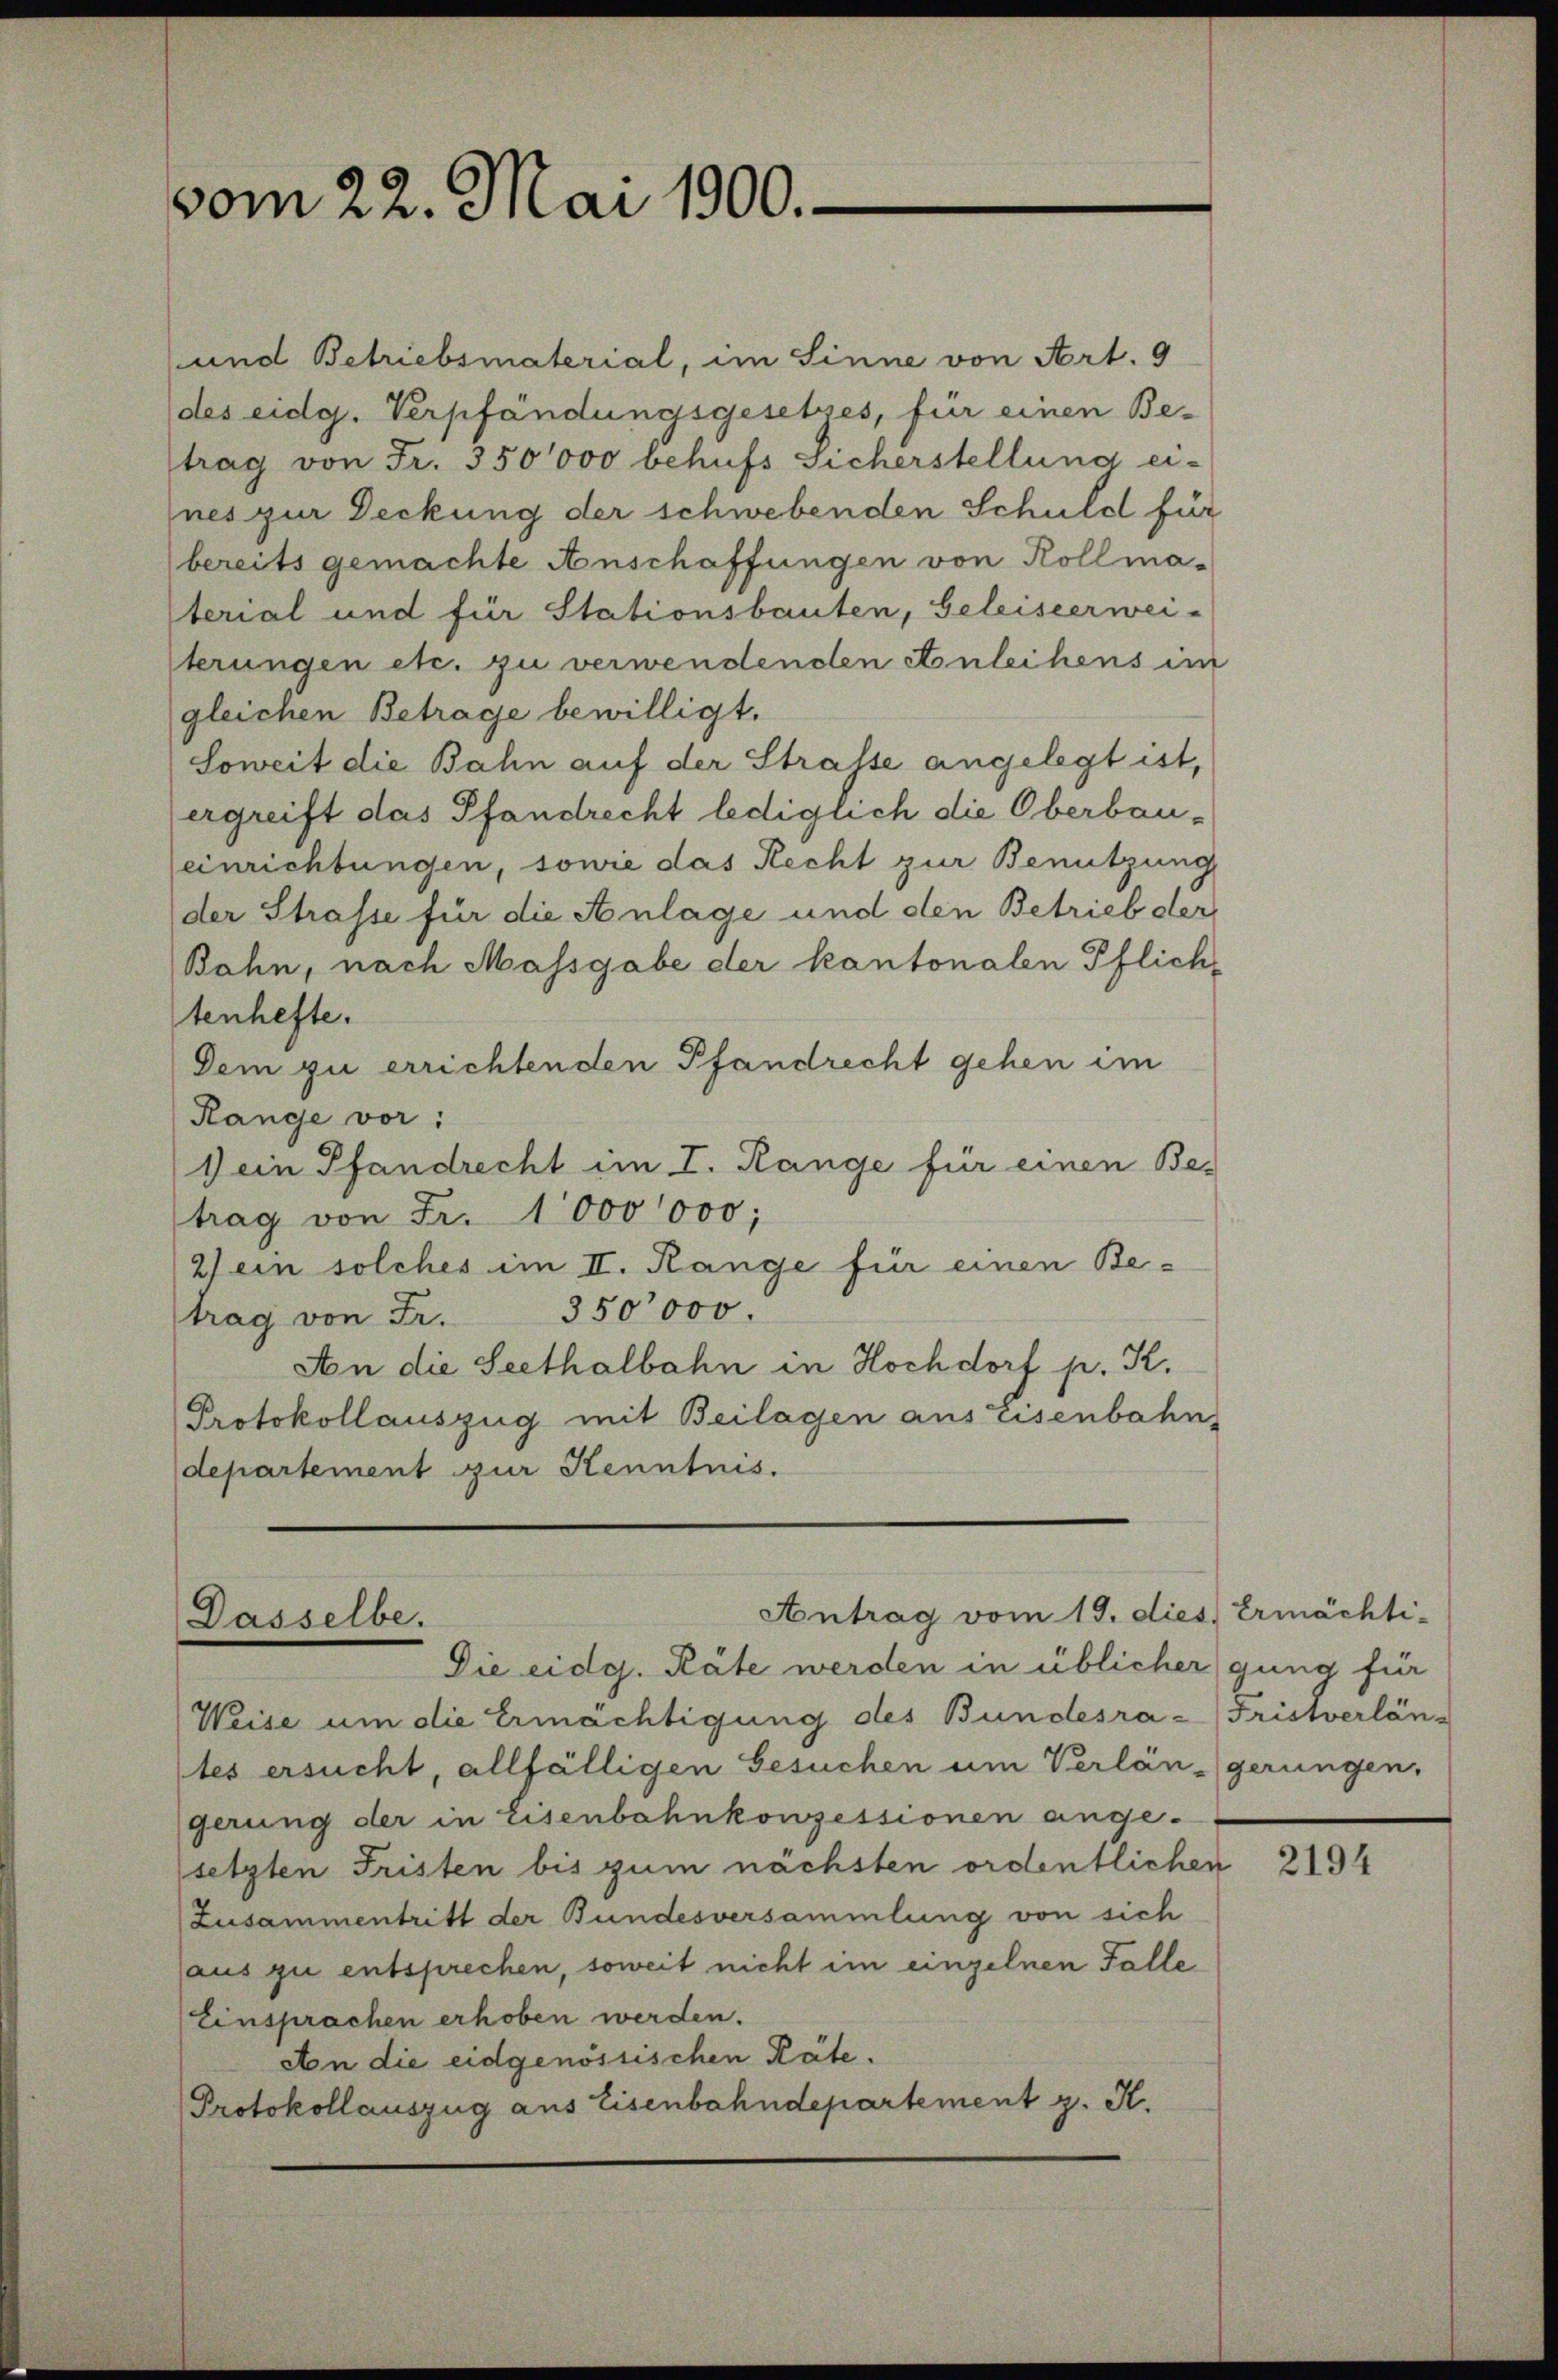
vom 22. Mai 1900.

und Betriebsmaterial, im Sinne von Art. 9
des eidg. Verpfändungsgesetzes, für einen Be-
trag von Fr. 350000 behufs Sicherstellung ei-
nes zur Deckung der schwebenden Schuld für
bereits gemachte Anschaffungen von Kollmaterial und für Stationsbauten, Geleiseerwei-
terungen etc. zu verwendenden Anleihens im
gleichen Betrage bewilligt.
Soweit die Bahn auf der Strasse angelegt ist,
ergreift das Pfandrecht lediglich die Oberbaueinrichtungen, sowie das Recht zur Benutzung
der Strasse für die Anlage und den Betrieb der
Bahn, nach Massgabe der kantonalen Pflich-
tenhefte.
Dem zu errichtenden Pfandrecht gehen im
Range vor:
Dein Pfandrecht im I. Range für einen Be-
trag von Fr. 1000000;
2) ein solches im II. Range für einen Be¬
350,000.
trag von Fr.
An die Seethalbahn in Hochdorf p. K.
Protokollauszug mit Beilagen aus Eisenbahn
departement zur Kenntnis.

Antrag vom 19. dies Ermächti-
Dasselbe.
Die eidg. Räte werden in üblicher gung für

Weise um die Ermächtigung des Bundesra - Fristverläntes ersucht, allfälligen Gesuchen um Verlängerungen.
gerung der in Eisenbahnkonzessionen ange-
setzten Fristen bis zum nächsten ordentlichen
Zusammentritt der Bundesversammlung von sich
aus zu entsprechen, soweit nicht im einzelnen Falle
Einsprachen erhoben werden.
An die eidgenössischen Käte.
Protokollauszug aus Eisenbahndepartement z. K.

2194